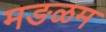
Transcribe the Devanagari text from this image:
मङळम